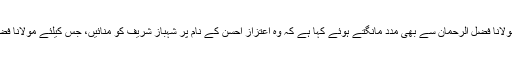
ساتھ ہی ساتھ پاکستان پیپلز پارٹی نے جے یو آئی (ف) کے مولانا فضل الرحمان سے بھی مدد مانگتے ہوئے کہا ہے کہ وہ اعتزاز احسن کے نام پر شہباز شریف کو منائیں، جس کیلئے مولانا فضل الرحمان آج شہبازشریف سےمل کرمعاملہ حل کرائیں گے۔